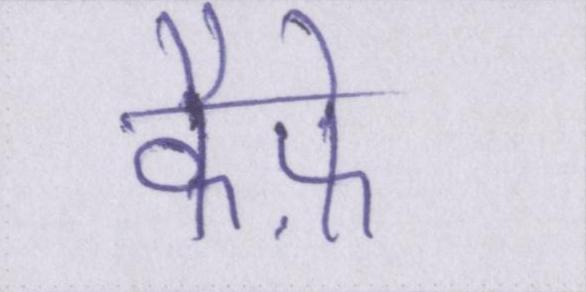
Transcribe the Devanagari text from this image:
कैफ़े